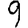
Digit: 9